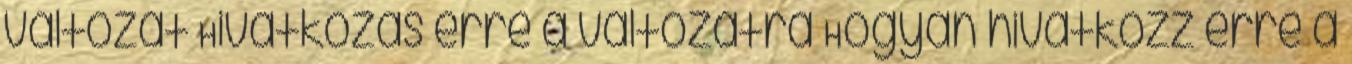
változat Hivatkozás erre a változatra Hogyan hivatkozz erre a